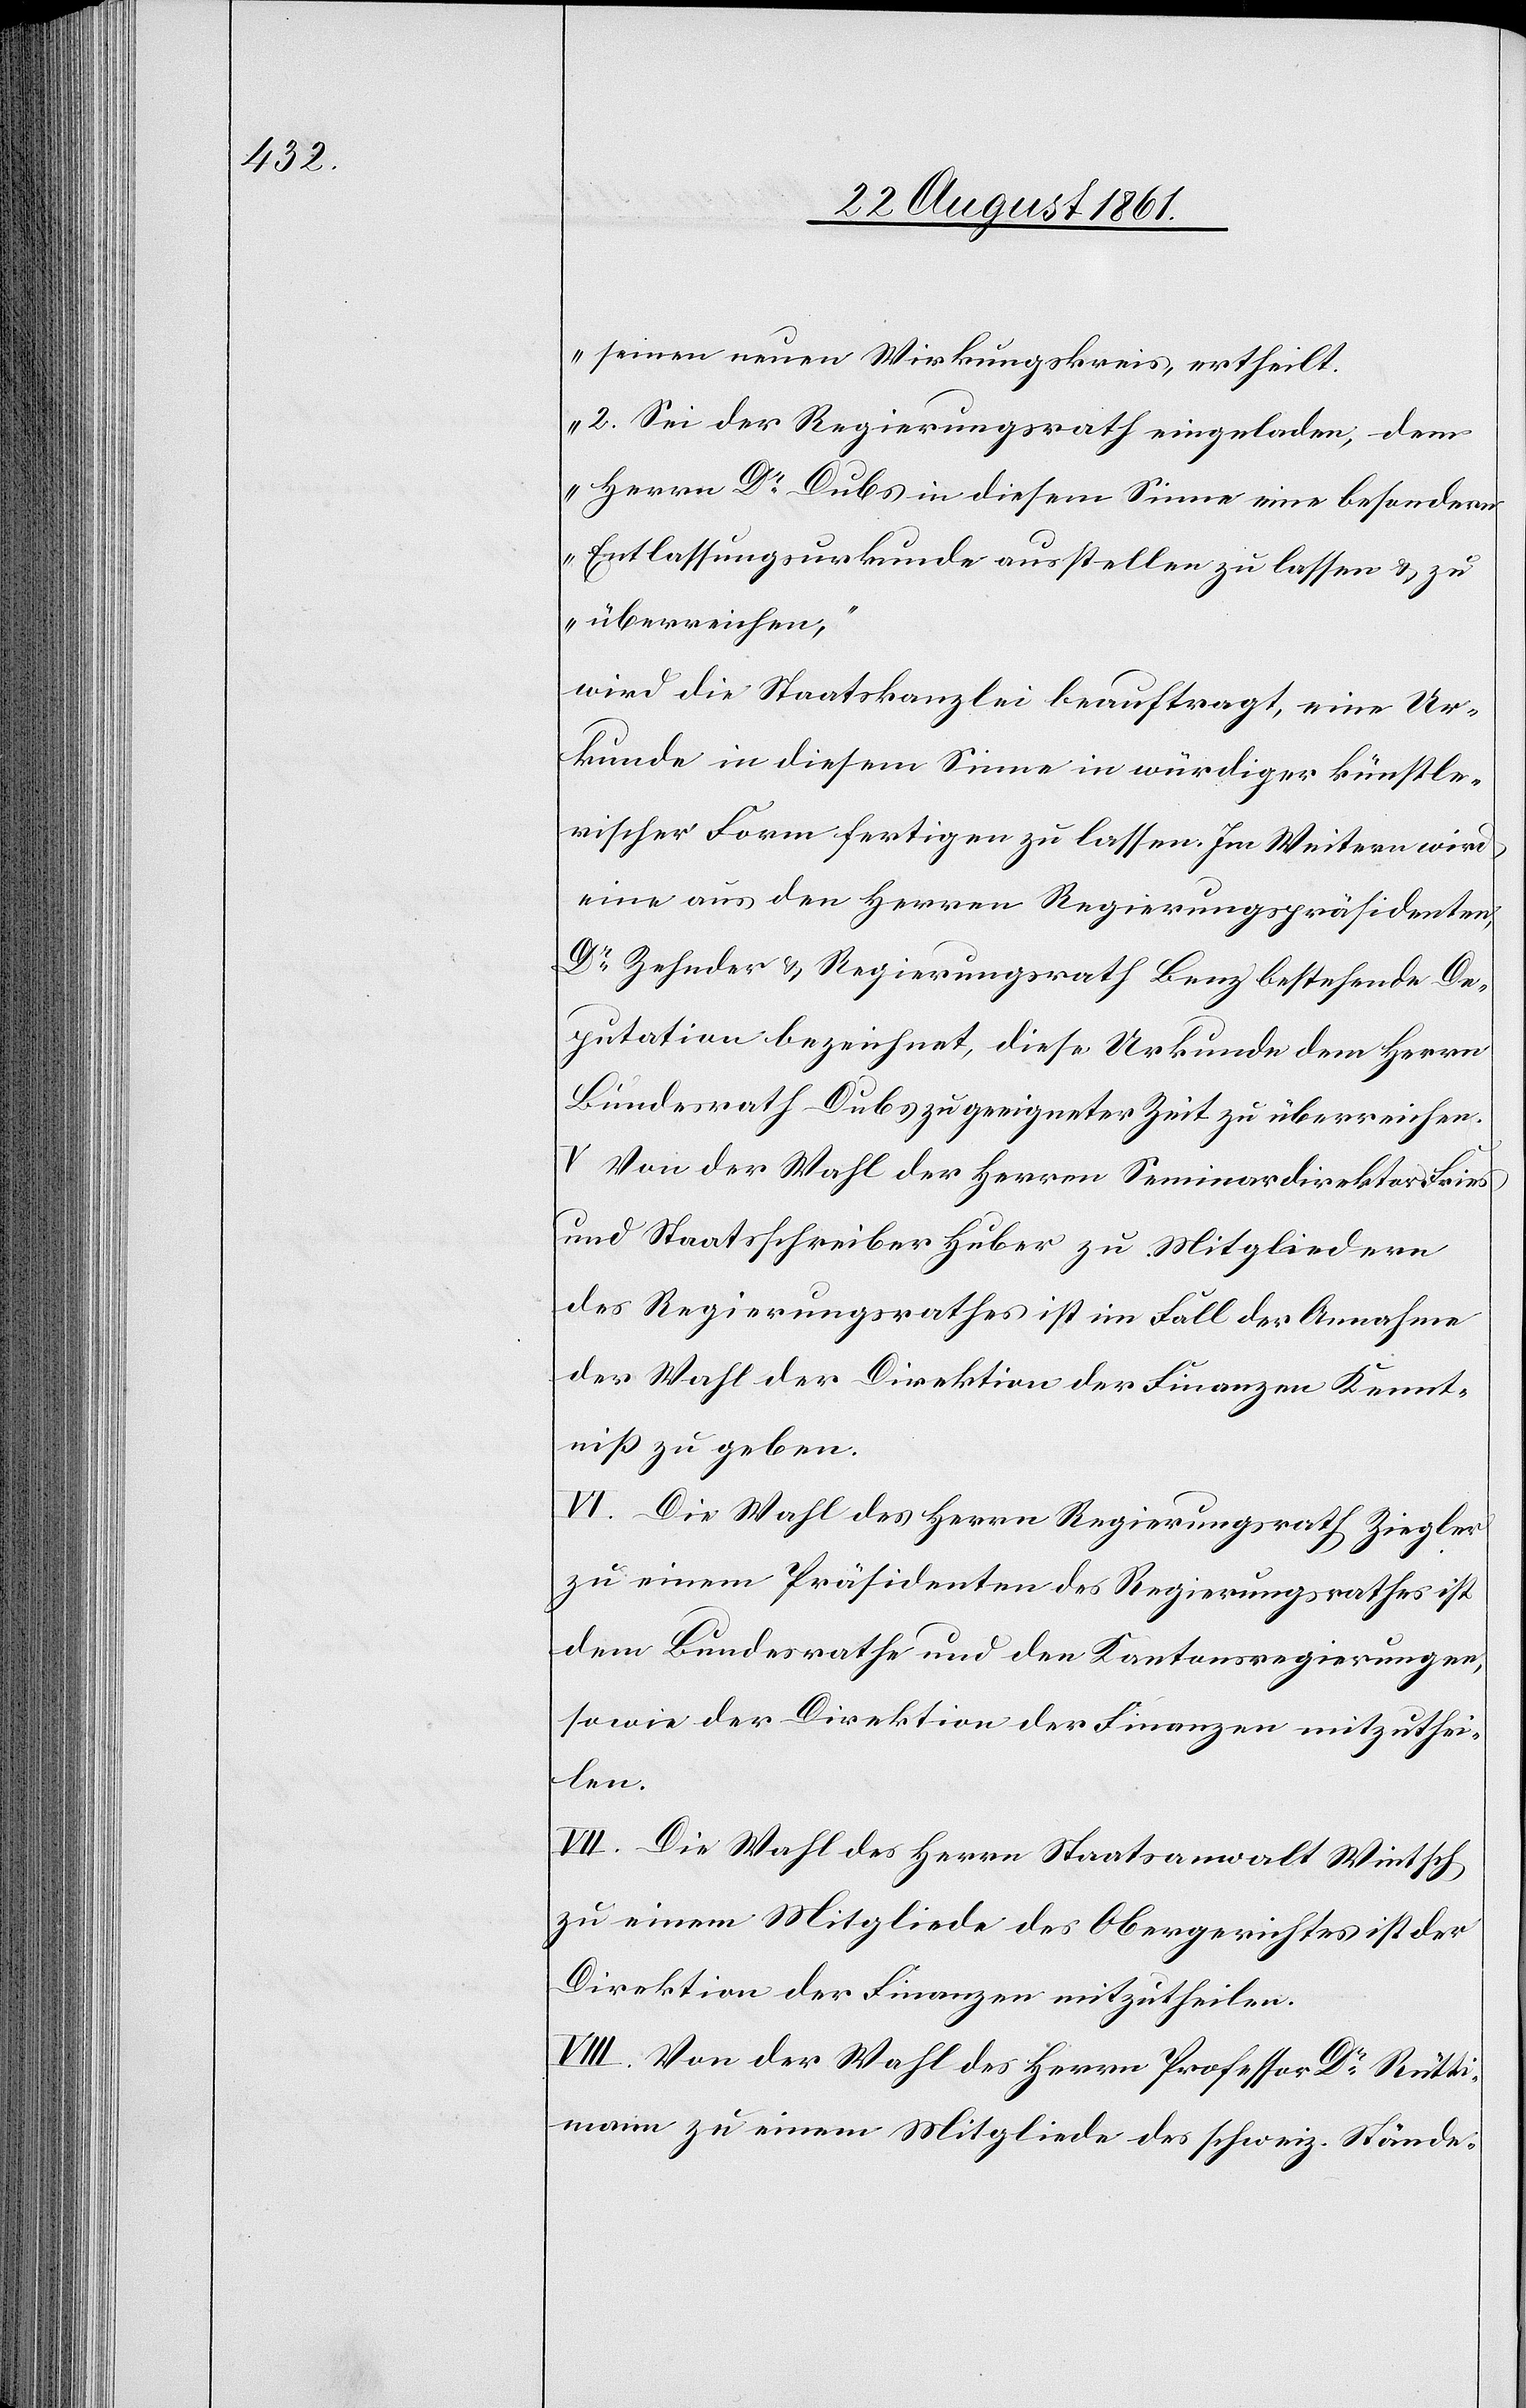
seinen neuen Wirkungskreis, ertheilt.
2. Sei der Regierungsrath eingeladen, dem
Herrn Dr Dubs in diesem Sinne eine besondere
Entlassungsurkunde ausstellen zu lassen u. zu
überreichen,“
wird die Staatskanzlei beauftragt, eine Ur¬
kunde in diesem Sinne in würdiger künstle¬
rischer Form fertigen zu lassen. Im Weitern wird
eine aus den Herrn Regierungspräsidenten,
Dr Zehnder u. Regierungsrath Benz bestehende De¬
putation bezeichnet, diese Urkunde dem Herrn
Bundesrath Dubs zu geeigneter Zeit zu überreichen.
V. Von der Wahl der Herrn Seminardirektor Fries
und Staatsschreiber Huber zu Mitgliedern
des Regierungsrathes ist im Fall der Annahme
der Wahl der Direktion der Finanzen Kennt¬
niß zu geben.
VI. Die Wahl des Herrn Regierungsrath Ziegler
zu einem Präsidenten des Regierungsrathes ist
dem Bundesrathe und den Kantonsregierungen,
sowie der Direktion der Finanzen mitzuthei¬
len.
VII. Die Wahl des Herrn Staatsanwalt Wintsch
zu einem Mitgliede des Obergerichtes ist der
Direktion der Finanzen mitzutheilen.
VIII. Von der Wahl des Herrn Professor Dr Rütti¬
mann zu einem Mitgliede des schweiz. Stände-